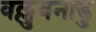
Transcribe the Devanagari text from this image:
वल्लुवनाडु